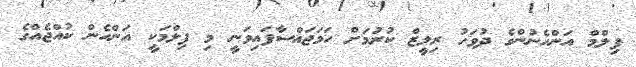
ފިލްމް އަންހެނުންގެ ދުވަހު ރިލީޒް ކުރުމަށް ހަމަޖައްސާފައިވަނީ މި ފިލްމަކީ އަންހެން ކުއްޖެއްގެ